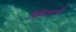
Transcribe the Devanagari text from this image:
विधियार्थी